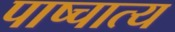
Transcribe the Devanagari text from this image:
पाष्चात्य